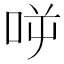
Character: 𠱘